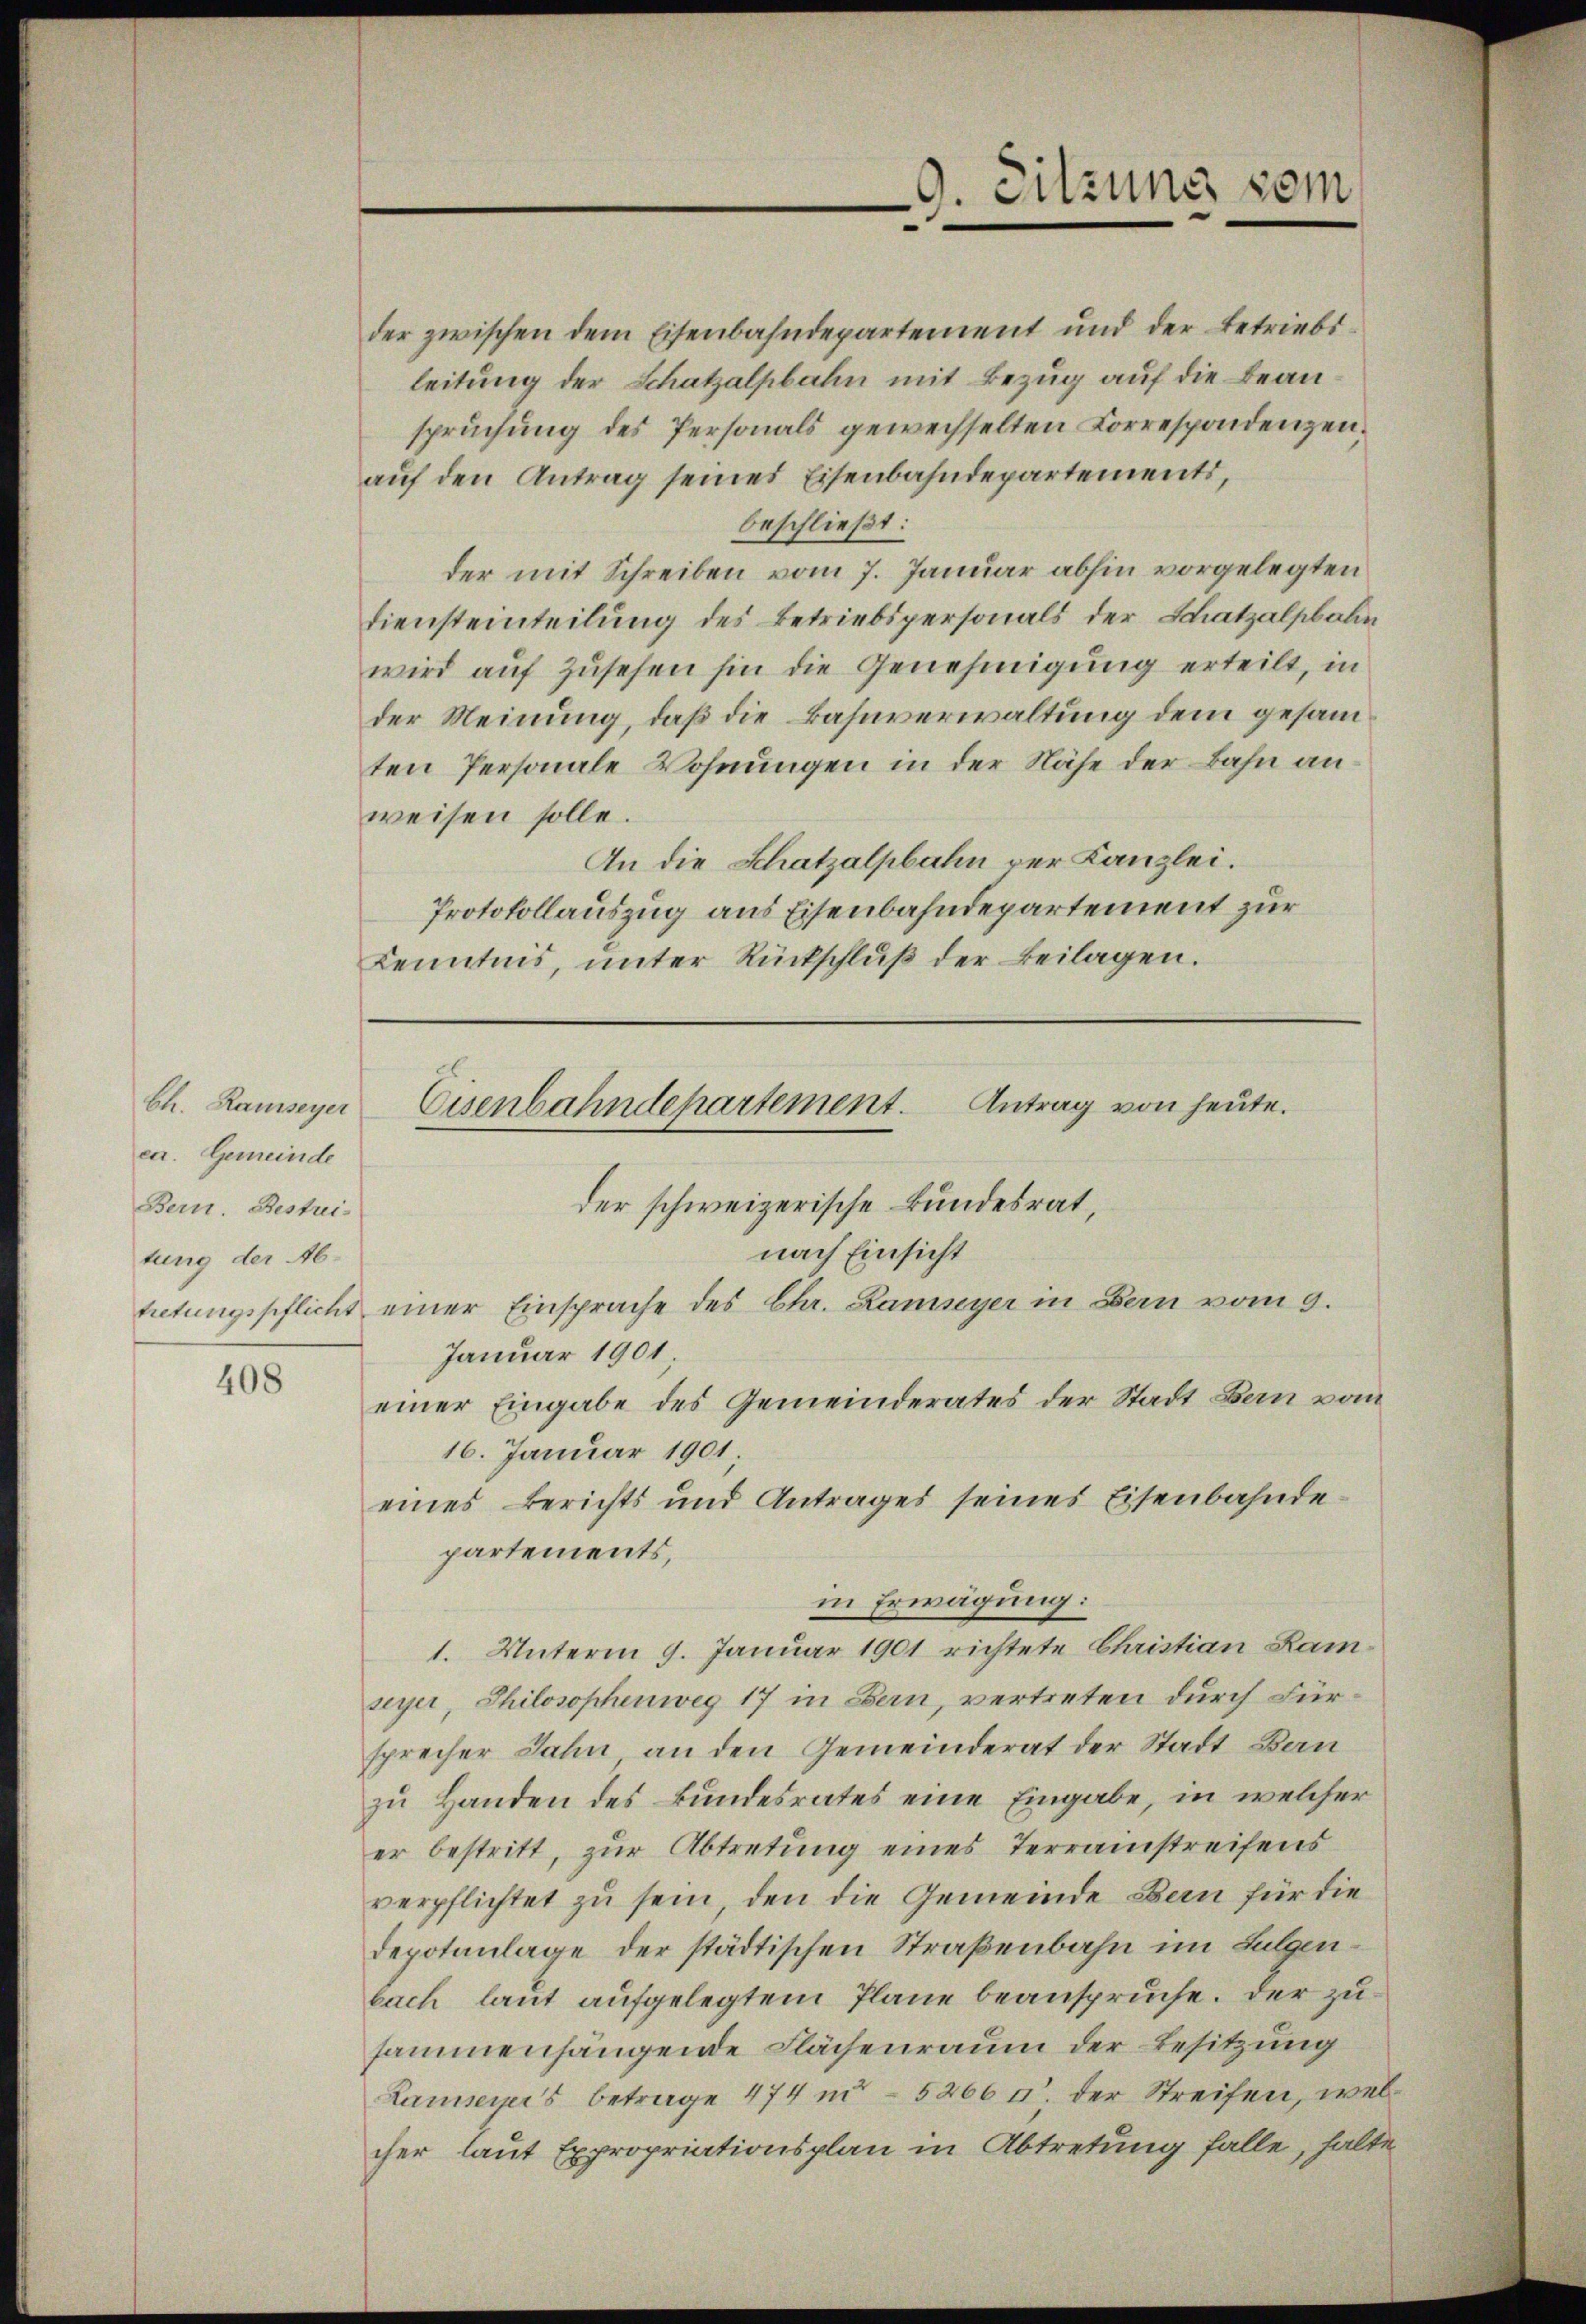
Ch. Ramseyer
ca. Gemeinde
Bern. Bestrei-
tung der Ab¬

408

der zwischen dem Eisenbahndepartement und der betriebi-
leitung der Schatzalpbahn mit Bezug auf die beanspruchung des Personals gewechselten Correspondenzenaŭf den Antrag seines Eisenbahndepartements,
beschließt:
der mit Schreiben vom 7. Januar abhin vorgelegten
Diensteinteilung des Betriebspersonals der Schatzalpbahn
wird auf Zusehen hin die Genehmigung erteilt, in
der Meinung, daß die Bahnverwaltung dem gesamten Personale Wohnungen in der Nähe der Bahn anweisen solle.
An die Schatzalpbahn der Kanzlei.
Protokollauszug aus Eisenbahndepartement zur
Kenntnis, unter Rückschlŭβ der Beilagen.

Antrag von heute.
Eisenbahndepartement.
der schweizerische Bundesrat,
nach Einsicht
tretungspflicht einer Einsprache des Chr. Lameyer in Bau vom 9.
Januar 1901
einer Eingabe des Gemeinderates der Stadt Bern vom

9. Sitzung vom
.

16. Januar 1901
eines Berichts und Antrages seines Eisenbahnde-
partements,
in Erwägung:
1. Unterm 9. Januar 1901 richtete Christian Kamseyer, Philosophenweg 17 in Bern, vertreten durch Fürsprecher Jahn, an den Gemeinderat der Stadt Bau
zu Handen des Bundesrates eine Eingabe, in welcher
er bestritt, zur Abtretung eines Terrainstreifens
verpflichtet zu sein, den die Gemeinde Bau für die
Depotanlage der städtischen Straßenbahn im Sulgenbach laut aufgelegtem Plane beanspruche. Der zusammenhängende Flächenraum der Besitzung
Lameyer's betrage 474 n 5266 c. der Streifen, welcher laut Expropriationsplan in Abtretung falle, halte